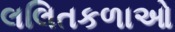
લલિતકળાઓ